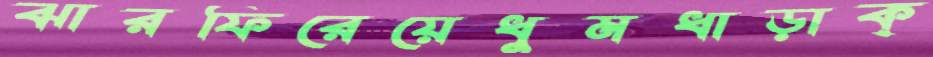
ঝারফিরেয়েধুমধাড়াক্